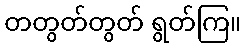
တတွတ်တွတ် ရွတ်ကြ။